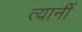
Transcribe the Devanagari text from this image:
त्यानीं